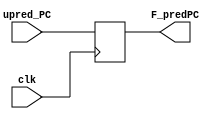
module f_reg(input clk , input [64:1] upred_PC, output reg [64:1]F_predPC);

initial begin
    F_predPC = 64'd30; 
end

always @(posedge clk)
begin
    F_predPC = upred_PC;
end
endmodule